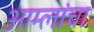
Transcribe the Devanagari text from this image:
आम्लांचा